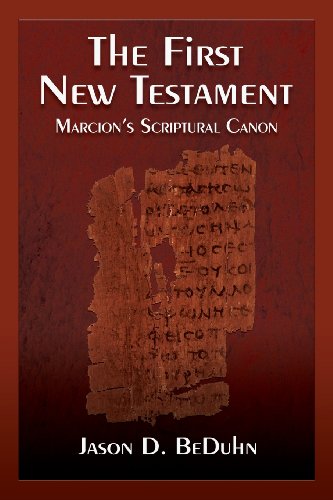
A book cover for The First New Testament: Marcion's Scriptural Canon; Jason D. BeDuhn; Christian Books & Bibles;